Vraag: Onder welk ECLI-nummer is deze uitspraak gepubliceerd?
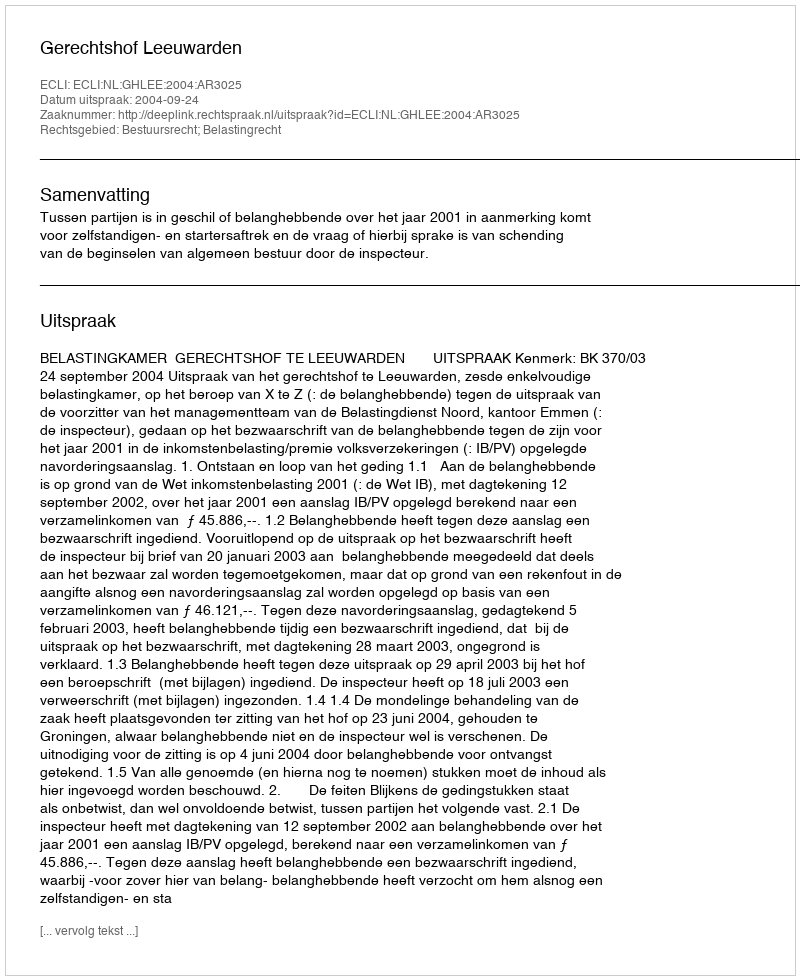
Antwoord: ECLI:NL:GHLEE:2004:AR3025